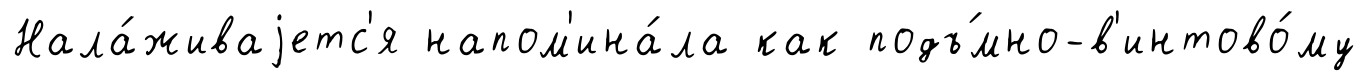
Нала́живаjетс'я напом'ина́ла как подъ́мно-в'интово́му